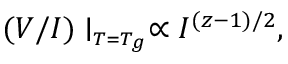
( V / I ) \mid _ { \scriptscriptstyle T = T _ { g } } \propto I ^ { ( z - 1 ) / 2 } ,